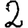
Digit: 2